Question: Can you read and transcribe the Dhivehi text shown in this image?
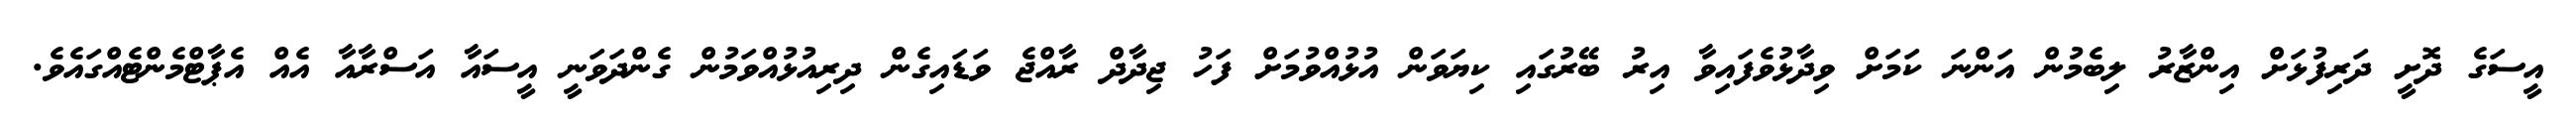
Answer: އީސަގެ ދޮށީ ދަރިފުޅަށް އިންޒާރު ލިބެމުން އަންނަ ކަމަށް ވިދާޅުވެފައިވާ އިރު ބޭރުގައި ކިޔަވަން އުޅުއްވުމަށް ފަހު ޖިދާދް ރާއްޖެ ވަޑައިގެން ދިރިއުޅުއްވަމުން ގެންދަވަނީ އީސައާ އަސްރާއާ އެއް އެޕާޓްމެންޓެއްގައެވެ.